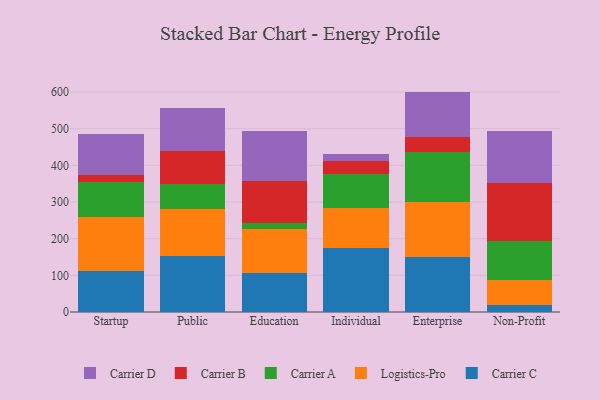
{"axis": {"x": "Segment", "y": "Humidity (%)"}, "legend": ["Carrier A", "Carrier B", "Carrier C", "Carrier D", "Logistics-Pro"], "data": [{"x": "Startup", "y": 111.7, "type": "Carrier C"}, {"x": "Startup", "y": 148.6, "type": "Logistics-Pro"}, {"x": "Startup", "y": 93.4, "type": "Carrier A"}, {"x": "Startup", "y": 18.8, "type": "Carrier B"}, {"x": "Startup", "y": 114.1, "type": "Carrier D"}, {"x": "Public", "y": 152.9, "type": "Carrier C"}, {"x": "Public", "y": 128.6, "type": "Logistics-Pro"}, {"x": "Public", "y": 67.1, "type": "Carrier A"}, {"x": "Public", "y": 89.5, "type": "Carrier B"}, {"x": "Public", "y": 117.7, "type": "Carrier D"}, {"x": "Education", "y": 107.0, "type": "Carrier C"}, {"x": "Education", "y": 119.0, "type": "Logistics-Pro"}, {"x": "Education", "y": 16.4, "type": "Carrier A"}, {"x": "Education", "y": 114.5, "type": "Carrier B"}, {"x": "Education", "y": 136.5, "type": "Carrier D"}, {"x": "Individual", "y": 173.7, "type": "Carrier C"}, {"x": "Individual", "y": 109.5, "type": "Logistics-Pro"}, {"x": "Individual", "y": 93.0, "type": "Carrier A"}, {"x": "Individual", "y": 35.5, "type": "Carrier B"}, {"x": "Individual", "y": 20.2, "type": "Carrier D"}, {"x": "Enterprise", "y": 151.0, "type": "Carrier C"}, {"x": "Enterprise", "y": 148.4, "type": "Logistics-Pro"}, {"x": "Enterprise", "y": 136.0, "type": "Carrier A"}, {"x": "Enterprise", "y": 41.7, "type": "Carrier B"}, {"x": "Enterprise", "y": 124.2, "type": "Carrier D"}, {"x": "Non-Profit", "y": 19.7, "type": "Carrier C"}, {"x": "Non-Profit", "y": 67.2, "type": "Logistics-Pro"}, {"x": "Non-Profit", "y": 107.9, "type": "Carrier A"}, {"x": "Non-Profit", "y": 157.9, "type": "Carrier B"}, {"x": "Non-Profit", "y": 141.6, "type": "Carrier D"}]}